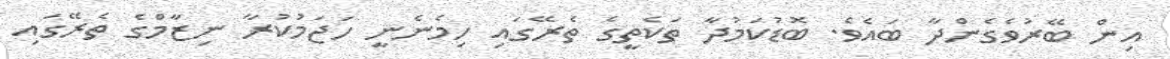
އިން ބޭރުވެގެންދާ ބައެވެ. ބޮޑުކަމުދާ ތަކެތީގެ ތެރޭގައި ހިމެނެނީ ހަޖަމުކުރާ ނިޒާމްގެ ތެރޭގައި